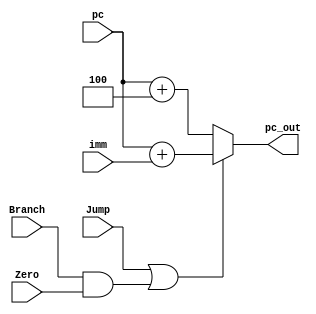
//*
module pc_next (
    input Branch,
    input Zero,
    input Jump,
    input [31:0] imm,
    input [31:0] pc,
    output reg [31:0] pc_out
);
    always @ (*) begin
        if (Jump || (Branch && Zero)) begin
            pc_out = pc + imm;
        end
        else begin
            pc_out = pc + 4;
        end
    end
endmodule